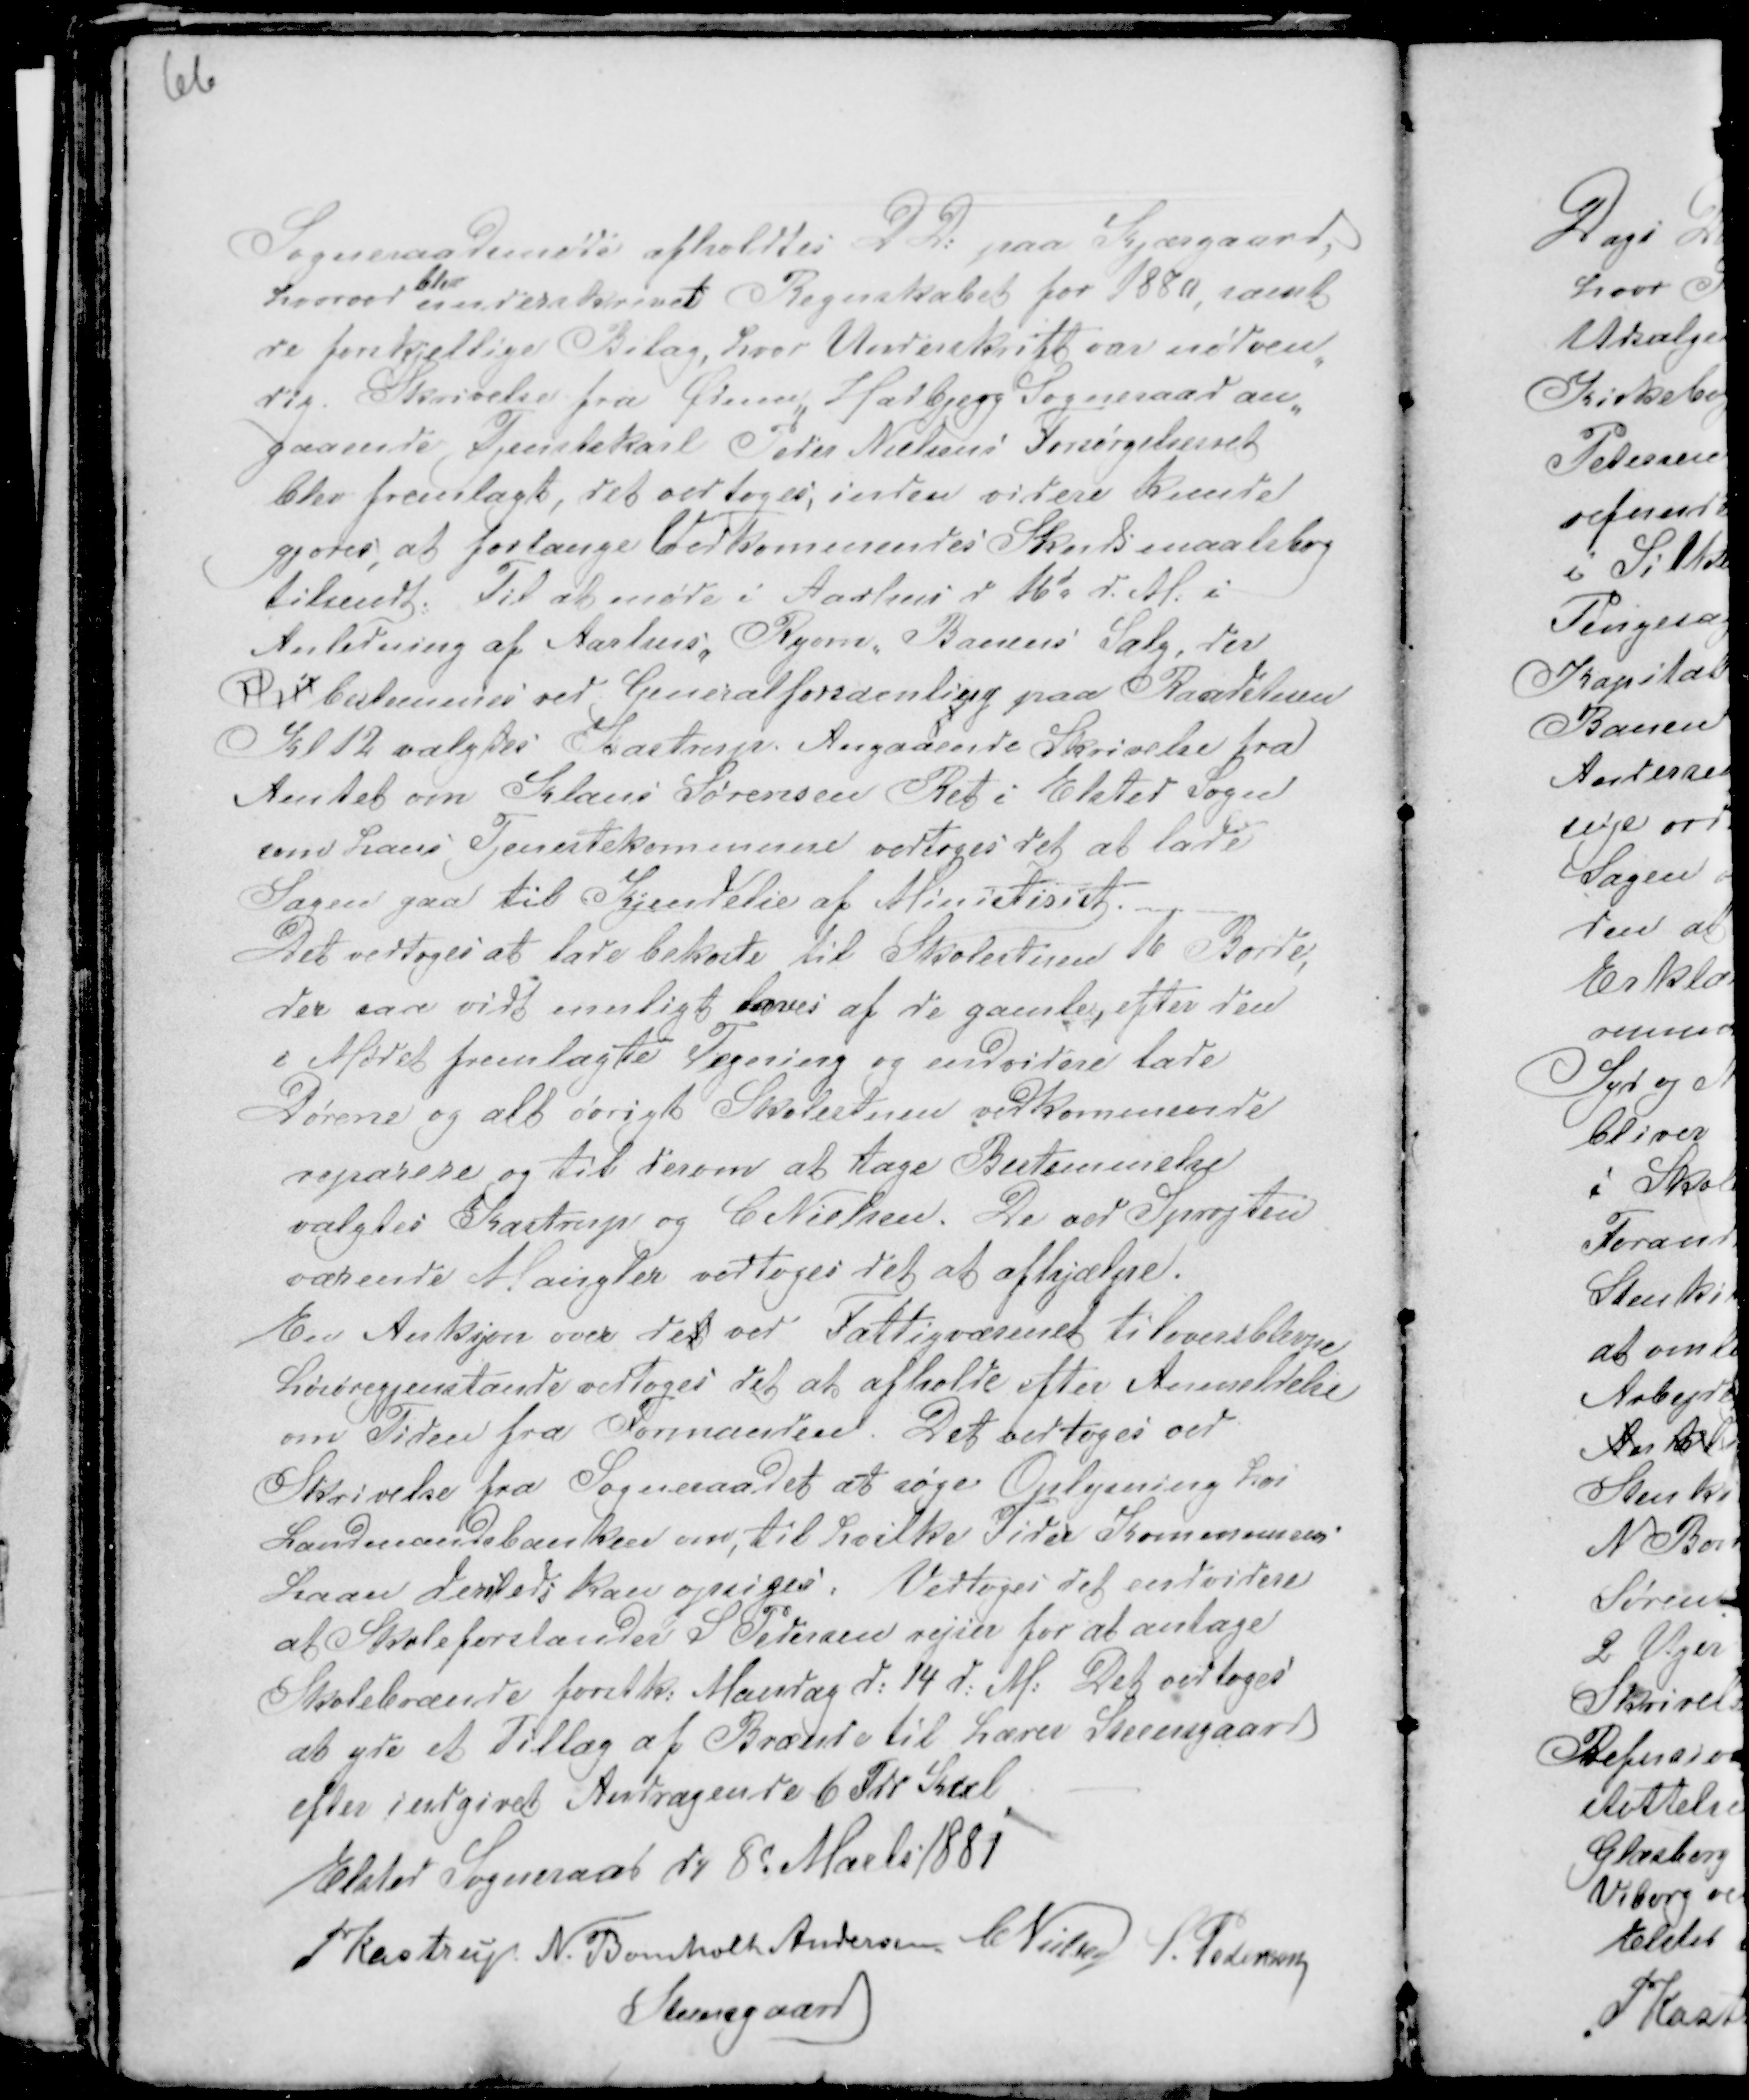
Transskription:
Sogneraadsmøde afholdtes D D: paa Kjærgaard,
hvorved
blev
underskrevet Regnskabet for 1880 samt
de forskjellige Bilag, hvor Underskrift var nødven-
dig. Skrivelse fra Ødum Hadbjerg Sogneraad an-
gaaende Tjenestekarl Peder Nielsens Forsørgelsesret
blev fremlagt, det vedtoges; inden videre kunde
gjøres, at forlange Vedkommendes Skudsmaalsbog
tilsendt. Til at møde i Aarhus d 16d d.M. i
Anledning af Aarhus, Ryom, Banens Salg, der
Den bestemmes ved Generalforsamling paa Raadstuen
Kl 12 valgtes Kastrup. Angaaende Skrivelse fra
Amtet om Klaus Sørensen Ret i Elsted sogn
som hans Tjenestekommune vedtoges det at lade
Sagen gaa til Kjendelse af Ministeriet.
Det vedtoges at lade bekoste til Skolestuen 6 Borde,
der saa vidt muligt laves af de gamle, efter den
i Mødet fremlagte Tegning og endvidere lade
Dørene og alt øvrigt Skolestuen vedkommende
reparere og til derom at tage Bestemmelse
valgtes Kastrup og C Nielsen. De ved Sprøjten
værende Mangler vedtoges det at afhjælpe.
Eed Auksjon over det ved Fattigvæsenet tiloversblevne
Løsøregjendstande vedtoges det at afholde efter Anmeldelse
om Tiden fra Formanden. Det vedtoges ved
Skrivelse fra Sogneraadet at søge Oplysning hos
Landmandsbanken om, til hvilke Tider Kommunens
Laan dersteds kan Opsiges. Vedtoges det endvidere
at Skoleforstander S Pedersen rejser for at antage
Skolebrænde førstk: Mandag d: 14 d: M: Det vedtoges
at yde Tillæg af Brænde til Lærer Steensgaard
efter indgivet Andragende 6 Tdr Kul. -
Elsted Sogneraad d. 8d Marts 1881
PKastrup N. Bomholt Andersen C Nielsen
S. Pedersen
Steensgaard